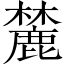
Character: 麓